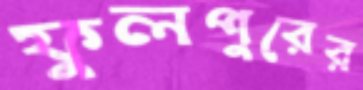
ফুলপুরের